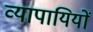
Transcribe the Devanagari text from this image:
व्यापायियों